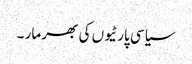
سیاسی پارٹیوں کی بھر مار ۔